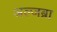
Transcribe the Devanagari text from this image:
अल्जब्रा